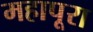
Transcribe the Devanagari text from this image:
महापूरा